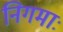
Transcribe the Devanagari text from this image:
निगमाः